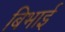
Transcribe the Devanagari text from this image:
बिभाई